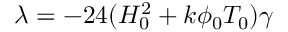
{ \lambda } = - 2 4 ( H _ { 0 } ^ { 2 } + k { \phi } _ { 0 } T _ { 0 } ) { \gamma }